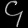
Digit: ၄